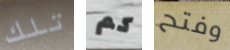
تلك كم وفتح